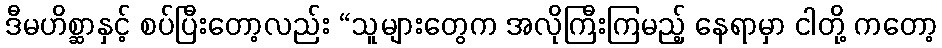
ဒီမဟိစ္ဆာနှင့် စပ်ပြီးတော့လည်း “သူများတွေက အလိုကြီးကြမည့် နေရာမှာ ငါတို့ ကတော့